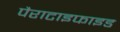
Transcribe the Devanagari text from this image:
पैराटाइफाइड